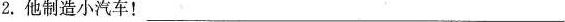
2.他制造小汽车！___